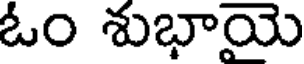
ఓం శుభాయె